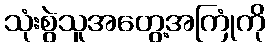
သုံးစွဲသူအတွေ့အကြုံကို